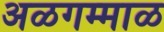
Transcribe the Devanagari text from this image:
अळगम्माळ